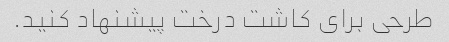
طرحی برای کاشت درخت پیشنهاد کنید.